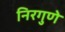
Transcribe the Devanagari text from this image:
निरगुणे